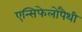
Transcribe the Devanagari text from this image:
एन्सिफेलोपैथी